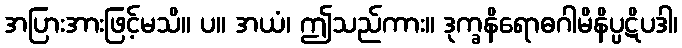
အပြားအားဖြင့်မသိ။ ပ။ အယံ၊ ဤသည်ကား။ ဒုက္ခနိရောဓဂါမိနိပ္ပဋိပဒါ၊